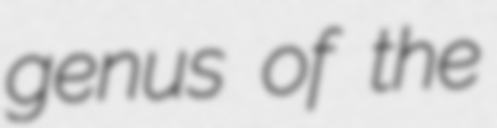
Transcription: genus of the